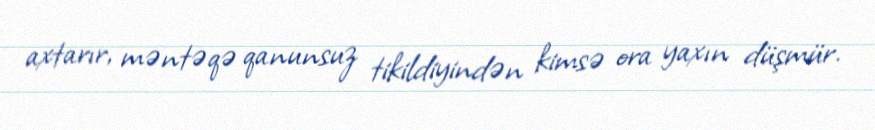
axtarır, məntəqə qanunsuz tikildiyindən kimsə ora yaxın düşmür.